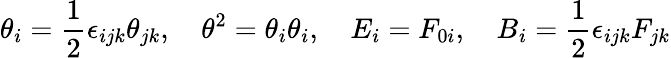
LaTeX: \theta_{i}=\frac{1}{2}\epsilon_{ijk}\theta_{jk},\quad\theta^{2}=\theta_{i}\theta_{i},\quad E_{i}=F_{0i},\quad B_{i}=\frac{1}{2}\epsilon_{ijk}F_{jk}